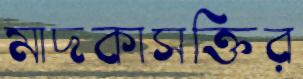
মাদকাসক্তির